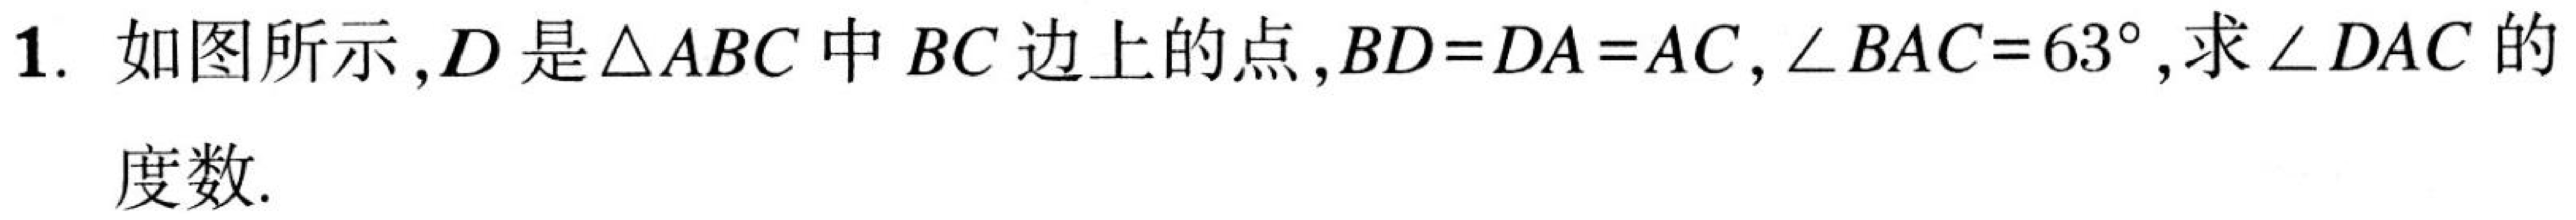
1. 如图所示,\(D\)是\(\triangle ABC\)中\(BC\)边上的点,\(BD = DA=AC\),\(\angle BAC = 63^{\circ}\),求\(\angle DAC\)的度数.